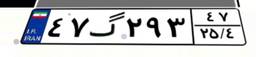
۴۷گ۲۹۳۴۷